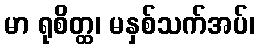
မာ ရုစိတ္ထ၊ မနှစ်သက်အပ်၊